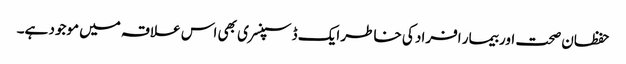
حفظان صحت اور بیمار افراد کی خاطر ایک ڈسپنسری بھی اس علاقہ میں موجود ہے۔